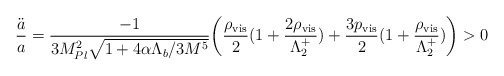
\begin{align*}\frac{\ddot{a}}{a}=\frac{-1}{3M_{Pl}^2\sqrt{1+4\alpha\Lambda_b/3M^5}}\bigg(\frac{\rho_{\rm vis}}{2}(1+\frac{2\rho_{\rm vis}}{\Lambda_2^+})+\frac{3p_{\rm vis}}{2}(1+\frac{\rho_{\rm vis}}{\Lambda_2^+})\bigg)>0\end{align*}